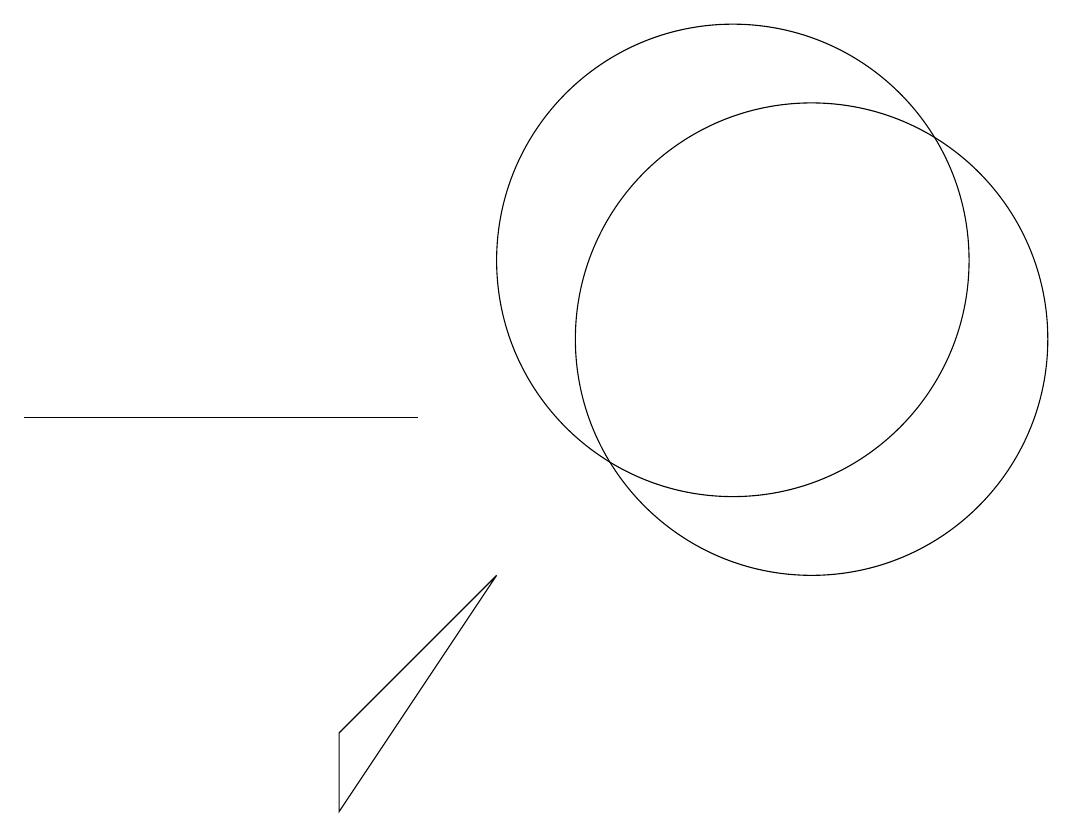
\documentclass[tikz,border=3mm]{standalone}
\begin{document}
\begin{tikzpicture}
\draw (7,10) rectangle (2,10);
\draw (11,12) circle (3);
\draw (12,11) circle (3);
\draw (6,6) -- (6,5) -- (8,8) -- cycle;
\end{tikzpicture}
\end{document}